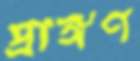
প্রাঙ্গণ